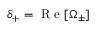
\delta _ { + } = \textrm { R e } [ \Omega _ { \pm } ]